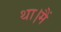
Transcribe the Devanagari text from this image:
था।मैं